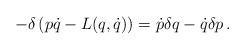
LaTeX: \begin{align*} - \delta \left( p\dot{q} - L(q,\dot{q}) \right) = \dot{p} \delta q - \dot{q} \delta p \, .\end{align*}